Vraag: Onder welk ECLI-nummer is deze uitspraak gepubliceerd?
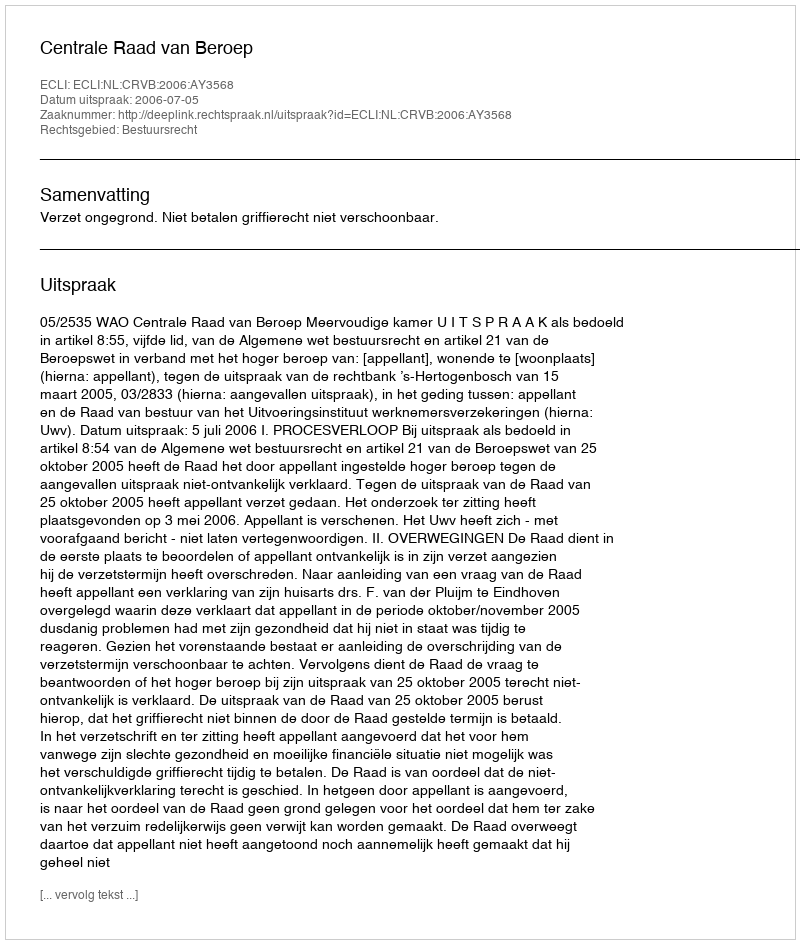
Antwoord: ECLI:NL:CRVB:2006:AY3568